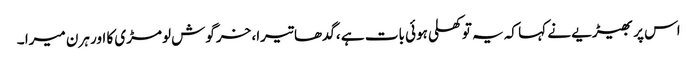
اس پر بھیڑیے نے کہا کہ یہ تو کھلی ہوئی بات ہے ،گدھا تیرا، خرگوش لومڑی کا اور ہرن میرا ۔